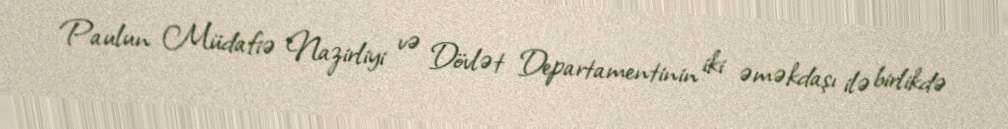
Paulun Müdafiə Nazirliyi və Dövlət Departamentinin iki əməkdaşı ilə birlikdə